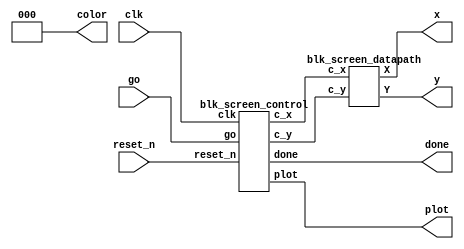
module blk_screen(clk, reset_n, x, y, go, color, plot, done);
	input clk, reset_n, go;
	output [8:0] x;
	output [7:0] y;
	output plot, done;
	output [2:0] color;
	
	wire [8:0]c_x;
	wire [7:0] c_y;
	
	assign color = 3'b0;
	
	blk_screen_control c0 (.clk(clk), 
		.reset_n(reset_n), 
		.go(go), 
		.c_x(c_x),
		.c_y(c_y), 
		.plot(plot),
		.done(done)
		);
		
	blk_screen_datapath d0 (.c_x(c_x),
		.c_y(c_y),
		.X(x),
		.Y(y));
endmodule


module blk_screen_control(
	input clk, reset_n, go,	
	output [8:0] c_x,
	output [7:0] c_y,
	output reg plot,
	output reg done
	);
	
	wire stop;
	reg reseter;
	reg [1:0] cur_s, nxt_s;
	
	blk_screen_counter cb(.reset_n(reseter), .c_x(c_x), .c_y(c_y), .clk(clk), .stop(stop));
	
	localparam WAIT = 2'd0,
		   PLOTTING = 2'd1,
		   STOP_PLOTTING = 2'd3;
	always@(*)
	begin: state_table
		case (cur_s)
			WAIT : nxt_s = go? PLOTTING : WAIT;
			PLOTTING : nxt_s = stop?  STOP_PLOTTING : PLOTTING;
			STOP_PLOTTING : nxt_s = WAIT;
			default: nxt_s = WAIT;
		endcase
	end

	always @(*)
	begin: signals
		plot = 0;
		reseter = 0;
		case(cur_s)
		PLOTTING:begin
			reseter = 1;
			plot = 1;
			end
		STOP_PLOTTING: begin
			done = 1;
			end
		endcase
	end
	
	always@(posedge clk)
	begin: state_FFs
		if(!reset_n)
		cur_s <= WAIT;
		else
		cur_s <= nxt_s;
	end // state_FFS
endmodule

module blk_screen_datapath(
	input [8:0] c_x,
	input [7:0] c_y,
    
	output reg [8:0] X,
	output reg [7:0] Y
	);
	
	reg [8:0] x = 9'd0;
	reg [7:0] y = 8'd0;
	
	always@(*)
	begin
		X <= x + c_x;
		Y <= y + c_y;
	end
endmodule

module blk_screen_counter(clk,reset_n,c_x,c_y,stop);
	input clk;
	input reset_n;
	output [8:0] c_x;
	output [7:0] c_y;
	output reg stop;

	reg [8:0] x;
	reg [7:0] y;

	    always @(posedge clk)
		begin
			if (reset_n == 1'b0)
				begin
					x <= 0;
					y <= 0;
					stop <= 0; 
				end
			else if (x == 9'd319 & y == 8'd239)
				stop <= 1;
			else if (x == 9'd319)
				begin
					x <= 0;
					y <= y + 1;
				end
			else
				x <= x + 1;
		end

	   assign c_x = x;
	   assign c_y = y;
endmodule